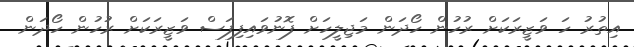
އިތުރު ހަ ވަޒީރަކަށް ރުހުން ހޯދަން މަޖިލީހަށް ފޮނުވައިފިފަސް ވަޒީރަކަށް ރުހުން ހޯދަން